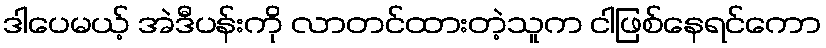
ဒါပေမယ့် အဲဒီပန်းကို လာတင်ထားတဲ့သူက ငါဖြစ်နေရင်ကော